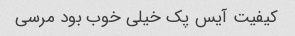
کیفیت آیس پک خیلی خوب بود مرسی